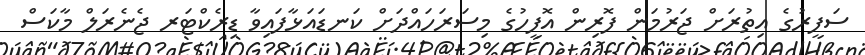
ސަފީރުގެ އިތުރަށް ޖަރުމަން ފޮރިން އޮފީހުގެ މިސަރަހައްދަށް ކަނޑައަޅާފައިވާ ޑިރެކްޓަރ ޖެނެރަލް މާކަސް